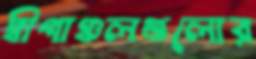
দ্বীপাঞ্চলগুলোর